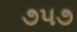
૭૫૭